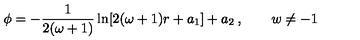
\phi = - \frac { 1 } { 2 ( \omega + 1 ) } \ln [ 2 ( \omega + 1 ) r + a _ { 1 } ] + a _ { 2 } \: , \quad \quad w \neq - 1